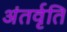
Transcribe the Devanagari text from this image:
अंतर्वृति